Annual report of the Punjab Veterinary College and of the Civil Veterinary Department, Punjab - 1920-1925
Year: 1920
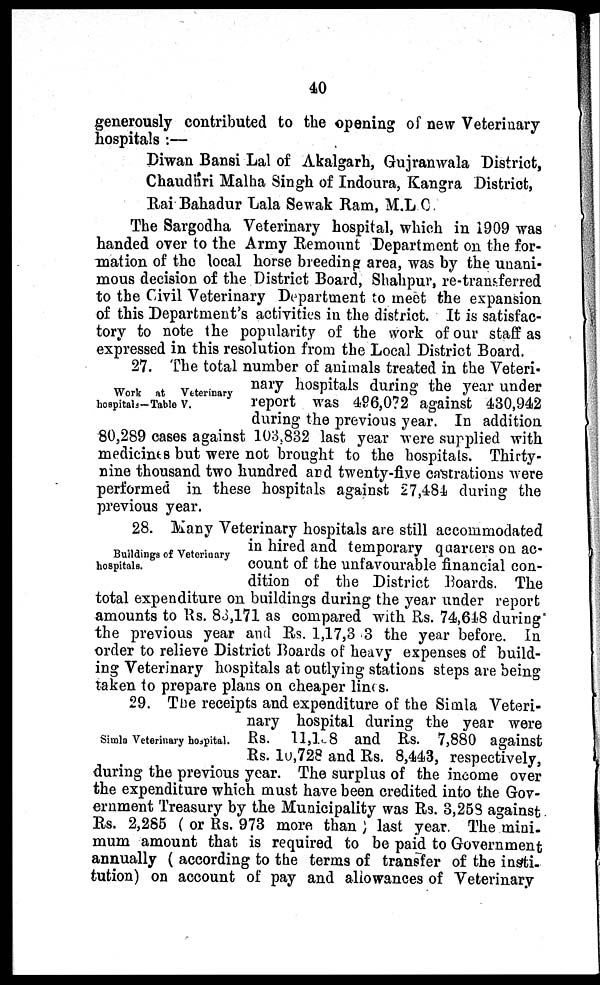
40
generously contributed to the opening of new Veterinary
hospitals :—
Diwan Bansi Lal of Akalgarh, Gujranwala District,
Chaudhri Malha Singh of Indoura, Kangra District,
Rai Bahadur Lala Sewak Ram, M.L C.
The Sargodha Veterinary hospital, which in 1909 was
handed over to the Army Remount Department on the for-
mation of the local horse breeding area, was by the unani-
mous decision of the District Board, Shahpur, re-transferred
to the Civil Veterinary Department to meet the expansion
of this Department's activities in the district. It is satisfac-
tory to note the popularity of the work of our staff as
expressed in this resolution from the Local District Board.
Work at
Veterinary
hospitals—Table V.
27. The total number of animals treated in the Veteri-
nary hospitals during the year under
report was 496,072 against 430,942
during the previous year. In addition
80,289 cases against 103,832 last year were supplied with
medicines but were not brought to the hospitals. Thirty-
nine thousand two hundred and twenty-five castrations were
performed in these hospitals against 27,484 during the
previous year.
Buildings of Veterinary
hospitals.
28. Many Veterinary hospitals are still accommodated
in hired and temporary quarters on ac-
count of the unfavourable financial con-
dition of the District Boards. The
total expenditure on buildings during the year under report
amounts to Rs. 83,171 as compared with Rs. 74,648 during
the previous year and Rs. 1,17,3 3 the year before. In
order to relieve District Boards of heavy expenses of build-
ing Veterinary hospitals at outlying stations steps are being
taken to prepare plans on cheaper lines.
Simla Veterinary hospital.
29. The receipts and expenditure of the Simla Veteri-
nary hospital during the year were
Rs. 11,1\ill\8 and Rs. 7,880 against
Rs. lu,728 and Rs. 8,443, respectively,
during the previous year. The surplus of the income over
the expenditure which must have been credited into the Gov-
ernment Treasury by the Municipality was Rs. 3,258 against
Rs. 2,285 ( or Rs. 973 more than ) last year. The mini-
mum amount that is required to be paid to Government
annually ( according to the terms of transfer of the insti-
tution) on account of pay and allowances of Veterinary